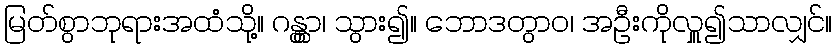
မြတ်စွာဘုရားအထံသို့။ ဂန္တွာ၊ သွား၍။ ဘောဒတွာဝ၊ အဦးကိုလှူ၍သာလျှင်။